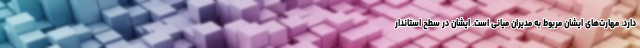
دارد. مهارت‌های ایشان مربوط به مدیران میانی است. ایشان در سطح استاندار